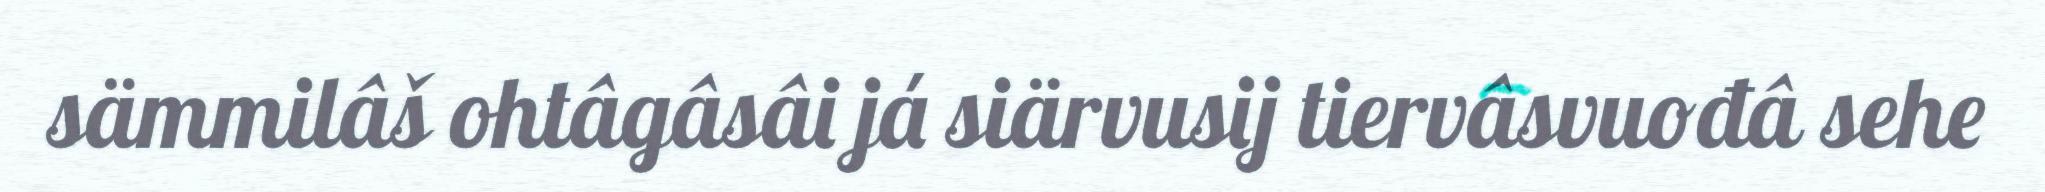
sämmilâš ohtâgâsâi já siärvusij tiervâsvuođâ sehe